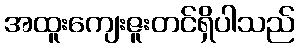
အထူးကျေးဇူးတင်ရှိပါသည်